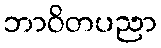
ဘာဝိတပညာ